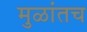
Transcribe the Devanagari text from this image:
मुळांतच